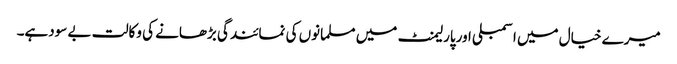
میرے خیال میں اسمبلی اورپارلیمنٹ میں مسلمانوں کی نمائندگی بڑھانے کی وکالت بے سودہے۔